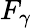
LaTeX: F_{\gamma}